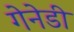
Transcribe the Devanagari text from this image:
गेनेडी